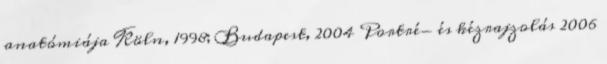
anatómiája Köln, 1998; Budapest, 2004 Portré- és kézrajzolás 2006